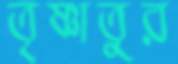
তৃষ্ণাতুর